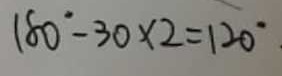
1 8 0 ^ { \circ } - 3 0 \times 2 = 1 2 0 ^ { \circ }